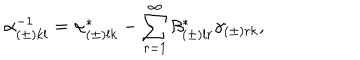
\alpha _ { ( \pm ) k l } ^ { - 1 } = \alpha _ { ( \pm ) l k } ^ { * } - \sum _ { r = 1 } ^ { \infty } \beta _ { ( \pm ) l r } ^ { * } \gamma _ { ( \pm ) r k } ,